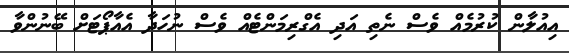
އިއުލާން ކުރުމެއް ވެސް ނެތި އަދި އެގްރިމަންޓެއް ވެސް ނުހަދާ އެއާޕޯޓަށް ބޭނުންވާ